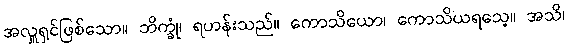
အလှူရှင်ဖြစ်သော။ ဘိက္ခုံ၊ ရဟန်းသည်။ ကောသိယော၊ ကောသိယရသေ့။ အသိ၊